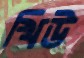
খিউ